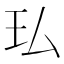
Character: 㺨